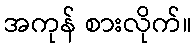
အကုန် စားလိုက်။